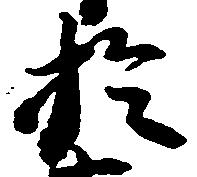
於